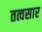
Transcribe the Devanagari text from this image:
तत्वसार